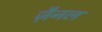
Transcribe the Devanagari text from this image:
ज़ैनल